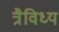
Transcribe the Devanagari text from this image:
त्रैविध्य